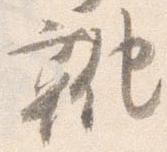
靴